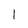
Character: l